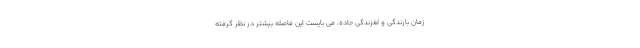
زمان بارندگی و لغزندگی جاده، می بایست این فاصله بیشتر در نظر گرفته